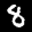
Label: 8